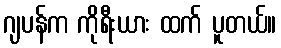
ဂျပန်က ကိုရီးယား ထက် ပူတယ်။